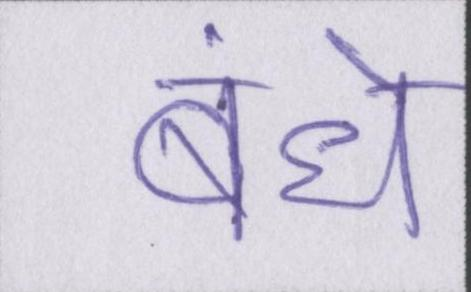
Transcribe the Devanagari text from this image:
बंधे